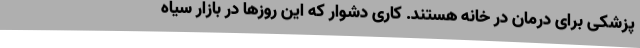
پزشکی برای درمان در خانه هستند. کاری دشوار که این روزها در بازار سیاه